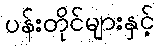
ပန်းတိုင်များနှင့်